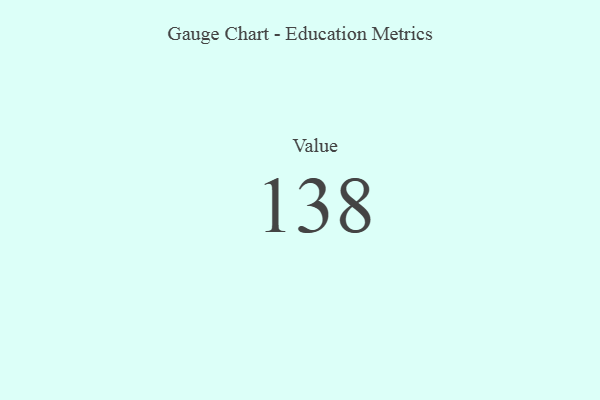
{"axis": {"x": "Metric", "y": "Value"}, "legend": [""], "data": [{"x": "Value", "y": 138, "type": ""}]}